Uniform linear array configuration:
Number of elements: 4
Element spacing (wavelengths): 0.25
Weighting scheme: kaiser
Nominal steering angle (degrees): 45
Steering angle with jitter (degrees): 44.541
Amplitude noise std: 0.05
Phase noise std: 0.05

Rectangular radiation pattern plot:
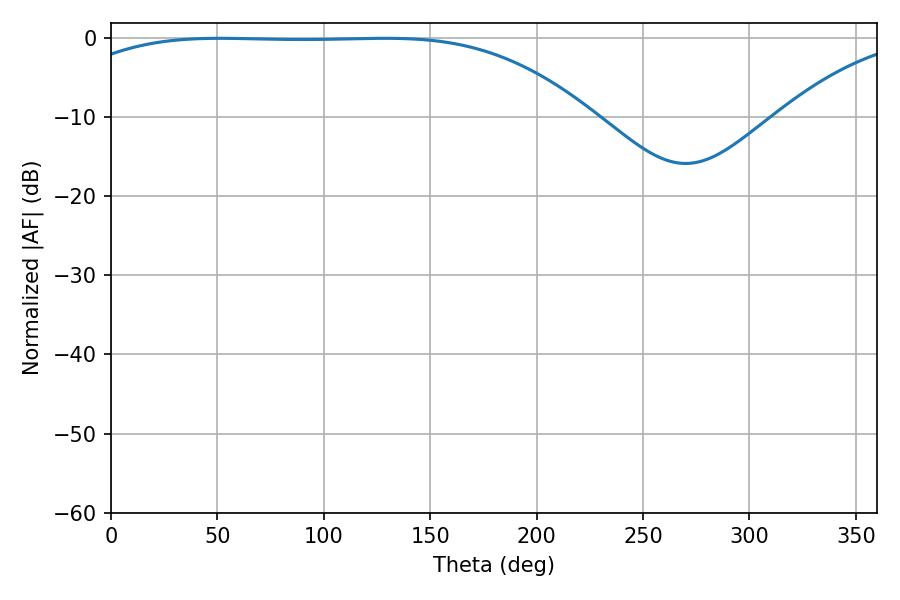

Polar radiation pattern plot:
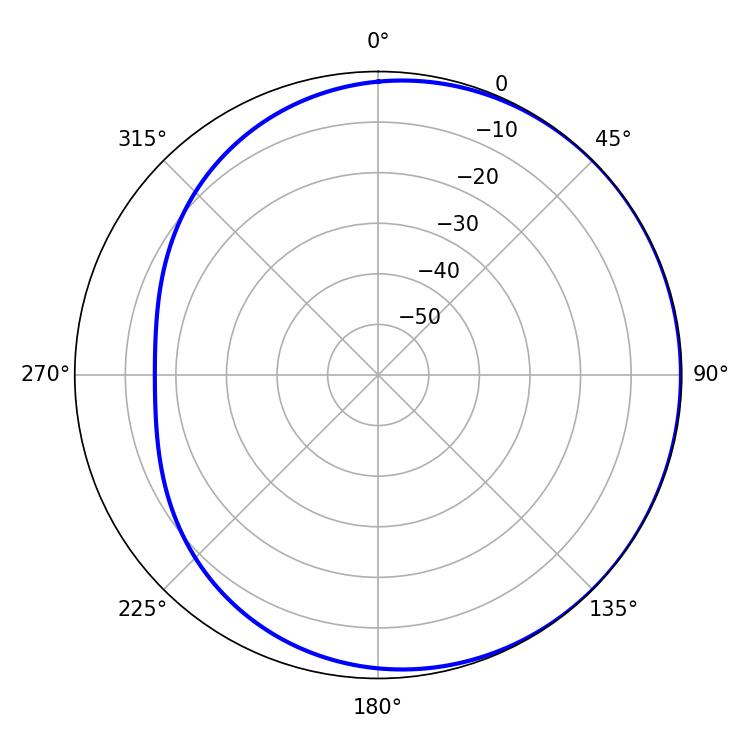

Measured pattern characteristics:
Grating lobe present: FALSE
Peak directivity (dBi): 0.7044
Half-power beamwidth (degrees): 189.36
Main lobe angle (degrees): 51.3